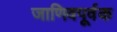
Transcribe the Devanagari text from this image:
जाणिवपूर्वक